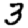
Digit: 3